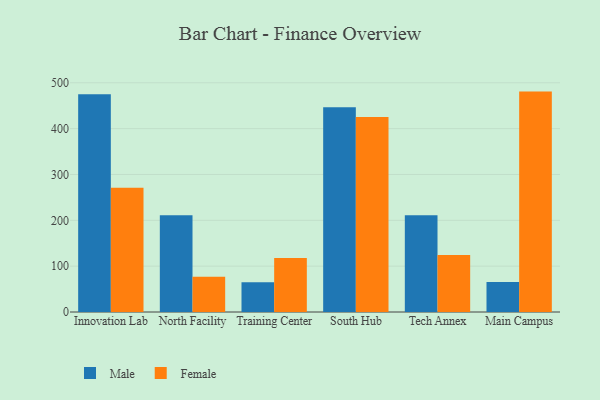
{"axis": {"x": "Campus", "y": "Shipments"}, "legend": ["Female", "Male"], "data": [{"x": "Innovation Lab", "y": 475.0, "type": "Male"}, {"x": "Innovation Lab", "y": 271.2, "type": "Female"}, {"x": "North Facility", "y": 210.8, "type": "Male"}, {"x": "North Facility", "y": 76.7, "type": "Female"}, {"x": "Training Center", "y": 64.9, "type": "Male"}, {"x": "Training Center", "y": 118.0, "type": "Female"}, {"x": "South Hub", "y": 446.6, "type": "Male"}, {"x": "South Hub", "y": 425.5, "type": "Female"}, {"x": "Tech Annex", "y": 210.8, "type": "Male"}, {"x": "Tech Annex", "y": 124.5, "type": "Female"}, {"x": "Main Campus", "y": 65.5, "type": "Male"}, {"x": "Main Campus", "y": 480.8, "type": "Female"}]}